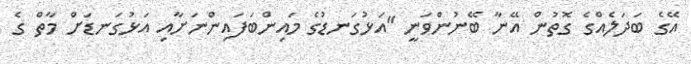
އޭގެ ބަދަލެއްގެ ގޮތުން އޭނާ ބޭނުންވަނީ "އަޅުގަނޑުގެ މައިންބަފައިންނަށާއި އަޅުގަނޑަށް މާތް ގެ